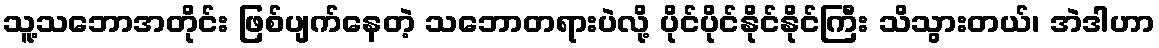
သူ့သဘောအတိုင်း ဖြစ်ပျက်နေတဲ့ သဘောတရားပဲလို့ ပိုင်ပိုင်နိုင်နိုင်ကြီး သိသွားတယ်၊ အဲဒါဟာ